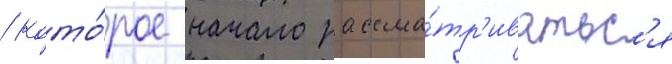
/ кото́рое начало рассма́тр'иватьс'я